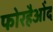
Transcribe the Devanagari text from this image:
फोरहैओंद